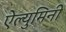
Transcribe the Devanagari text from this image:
ऐल्युमिनी